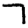
Digit: 7